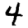
Digit: 4